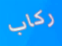
ركاب